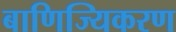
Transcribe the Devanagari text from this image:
बाणिज्यिकरण